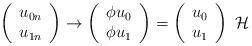
LaTeX: \begin{gather*}\left(\begin{array}{c}u_{0n}\\u_{1n}\end{array}\right)\to \left(\begin{array}{c}\phi u_0\\\phi u_1\end{array}\right)=\left(\begin{array}{c}u_0\\u_1\end{array}\right)\ \mathcal{H}\end{gather*}